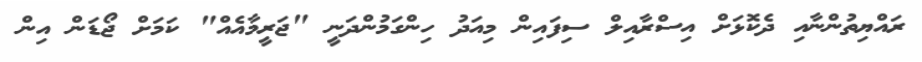
ރައްޔިތުންނާއި ދެކޮޅަށް އިސްރާއިލް ސިފައިން މިއަދު ހިންގަމުންދަނީ "ޖަރީމާއެއް" ކަމަށް ޖޯޑަން އިން